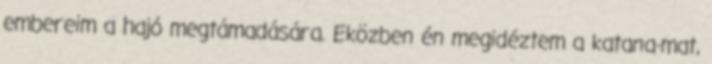
embereim a hajó megtámadására. Eközben én megidéztem a katana-mat,